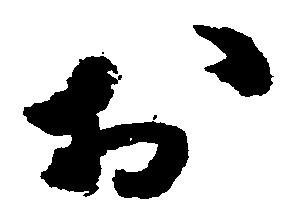
於